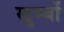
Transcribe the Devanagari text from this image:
खुम्बों